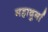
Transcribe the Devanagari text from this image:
महादुर्गा